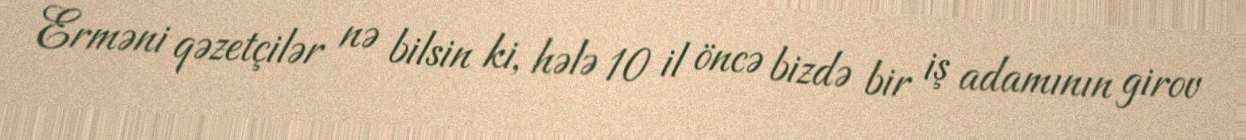
Erməni qəzetçilər nə bilsin ki, hələ 10 il öncə bizdə bir iş adamının girov